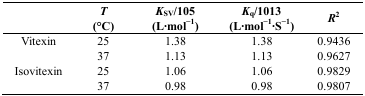
<table><thead><tr><td></td><td><b><i>T</i> (°C)</b></td><td><b><i>K</i><sub>SV</sub>/105 (L·mol<sup>−1</sup>)</b></td><td><b><i>K</i><sub>q</sub>/1013 (L·mol<sup>−1</sup>·S<sup>−1</sup>)</b></td><td><b><i>R</i><sup>2</sup></b></td></tr></thead><tbody><tr><td>Vitexin</td><td>25</td><td>1.38</td><td>1.38</td><td>0.9436</td></tr><tr><td></td><td>37</td><td>1.13</td><td>1.13</td><td>0.9627</td></tr><tr><td>Isovitexin</td><td>25</td><td>1.06</td><td>1.06</td><td>0.9829</td></tr><tr><td></td><td>37</td><td>0.98</td><td>0.98</td><td>0.9807</td></tr></tbody></table>